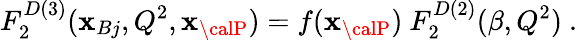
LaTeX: F_{2}^{D(3)}(\mathbf{x}_{Bj},Q^{2},\mathbf{x}_{\calP})=f(\mathbf{x}_{\calP})\ F_{2}^{D(2)}(\beta,Q^{2})\ .